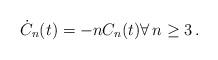
LaTeX: \begin{align*}\dot C_n(t)= -n C_n(t) \forall\, n \ge 3\,. \end{align*}